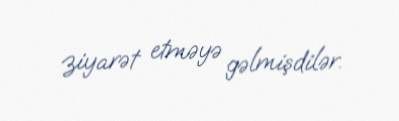
ziyarət etməyə gəlmişdilər.